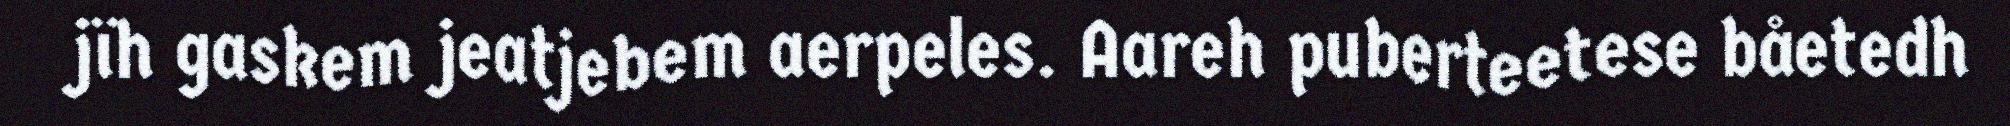
jïh gaskem jeatjebem aerpeles. Aareh puberteetese båetedh